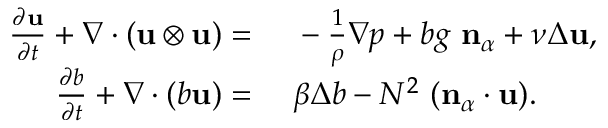
\begin{array} { r l } { \frac { \partial \mathbf { u } } { \partial t } + \nabla \cdot ( \mathbf { u } \otimes \mathbf { u } ) = } & { { } ~ - \frac { 1 } { \rho } \nabla p + b g \ \mathbf { n } _ { \alpha } + \nu \Delta \mathbf { u } , } \\ { \frac { \partial b } { \partial t } + \nabla \cdot ( b \mathbf { u } ) = } & { { } ~ \beta \Delta b - N ^ { 2 } \ ( \mathbf { n } _ { \alpha } \cdot \mathbf { u } ) . } \end{array}